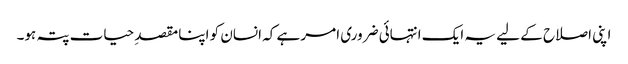
اپنی اصلاح کے لیے یہ ایک انتہائی ضروری امر ہے کہ انسان کو اپنا مقصدِ حیات پتہ ہو۔